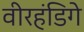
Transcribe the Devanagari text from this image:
वीरहंडिगे